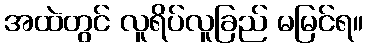
အထဲတွင် လူရိပ်လူခြည် မမြင်ရ။